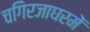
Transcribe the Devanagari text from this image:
चगिरजाघरमें